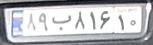
۸۹ب۸۱۶۱۰